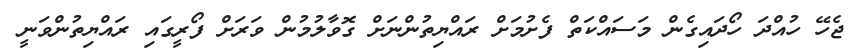
ޖެހޭ ހުއްދަ ހޯދައިގެން މަސައްކަތް ފެށުމަށް ރައްޔިތުންނަށް ގޮވާލުމުން ވަރަށް ފޯރީގައި ރައްޔިތުންވަނީ